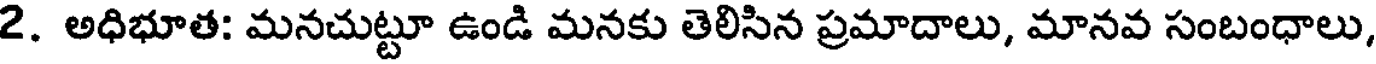
2. అధిభూత: మనచుట్టూ ఉండి మనకు తెలిసిన ప్రమాదాలు, మానవ సంబంధాలు,